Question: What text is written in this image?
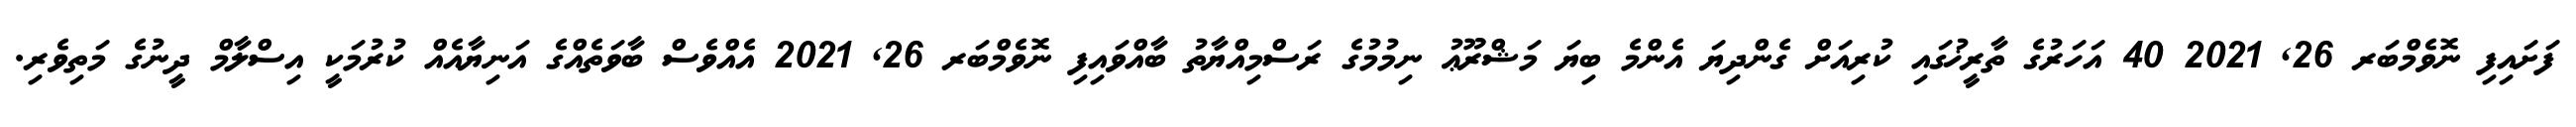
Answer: ފަށައިފި ނޮވެމްބަރ 26, 2021 40 އަހަރުގެ ތާރީޚުގައި ކުރިއަށް ގެންދިޔަ އެންމެ ބިޔަ މަޝްރޫޢު ނިމުމުގެ ރަސްމިއްޔާތު ބާއްވައިފި ނޮވެމްބަރ 26, 2021 އެއްވެސް ބާވަތެއްގެ އަނިޔާއެއް ކުރުމަކީ އިސްލާމް ދީނުގެ މަތިވެރި.